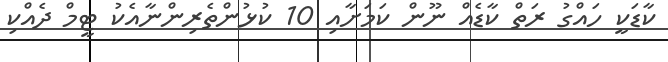
ކާޑަކީ ހައްގު ރަތް ކާޑެއް ނޫން ކަމަށާއި 10 ކުޅުންތެރިންނާއެކު ޓީމް ދެއްކި